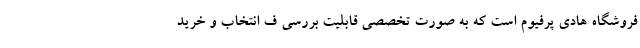
فروشگاه هادی پرفیوم است که به صورت تخصصی قابلیت بررسی ف انتخاب و خرید